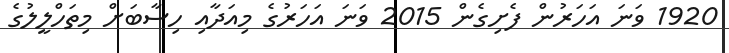
1920 ވަނަ އަހަރުން ފެށިގެން 2015 ވަނަ އަހަރުގެ މިއަދާއި ހިސާބަށް މިތަހްލީލުގެ